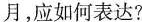
月,应如何表达?